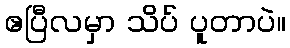
ဧပြီလမှာ သိပ် ပူတာပဲ။